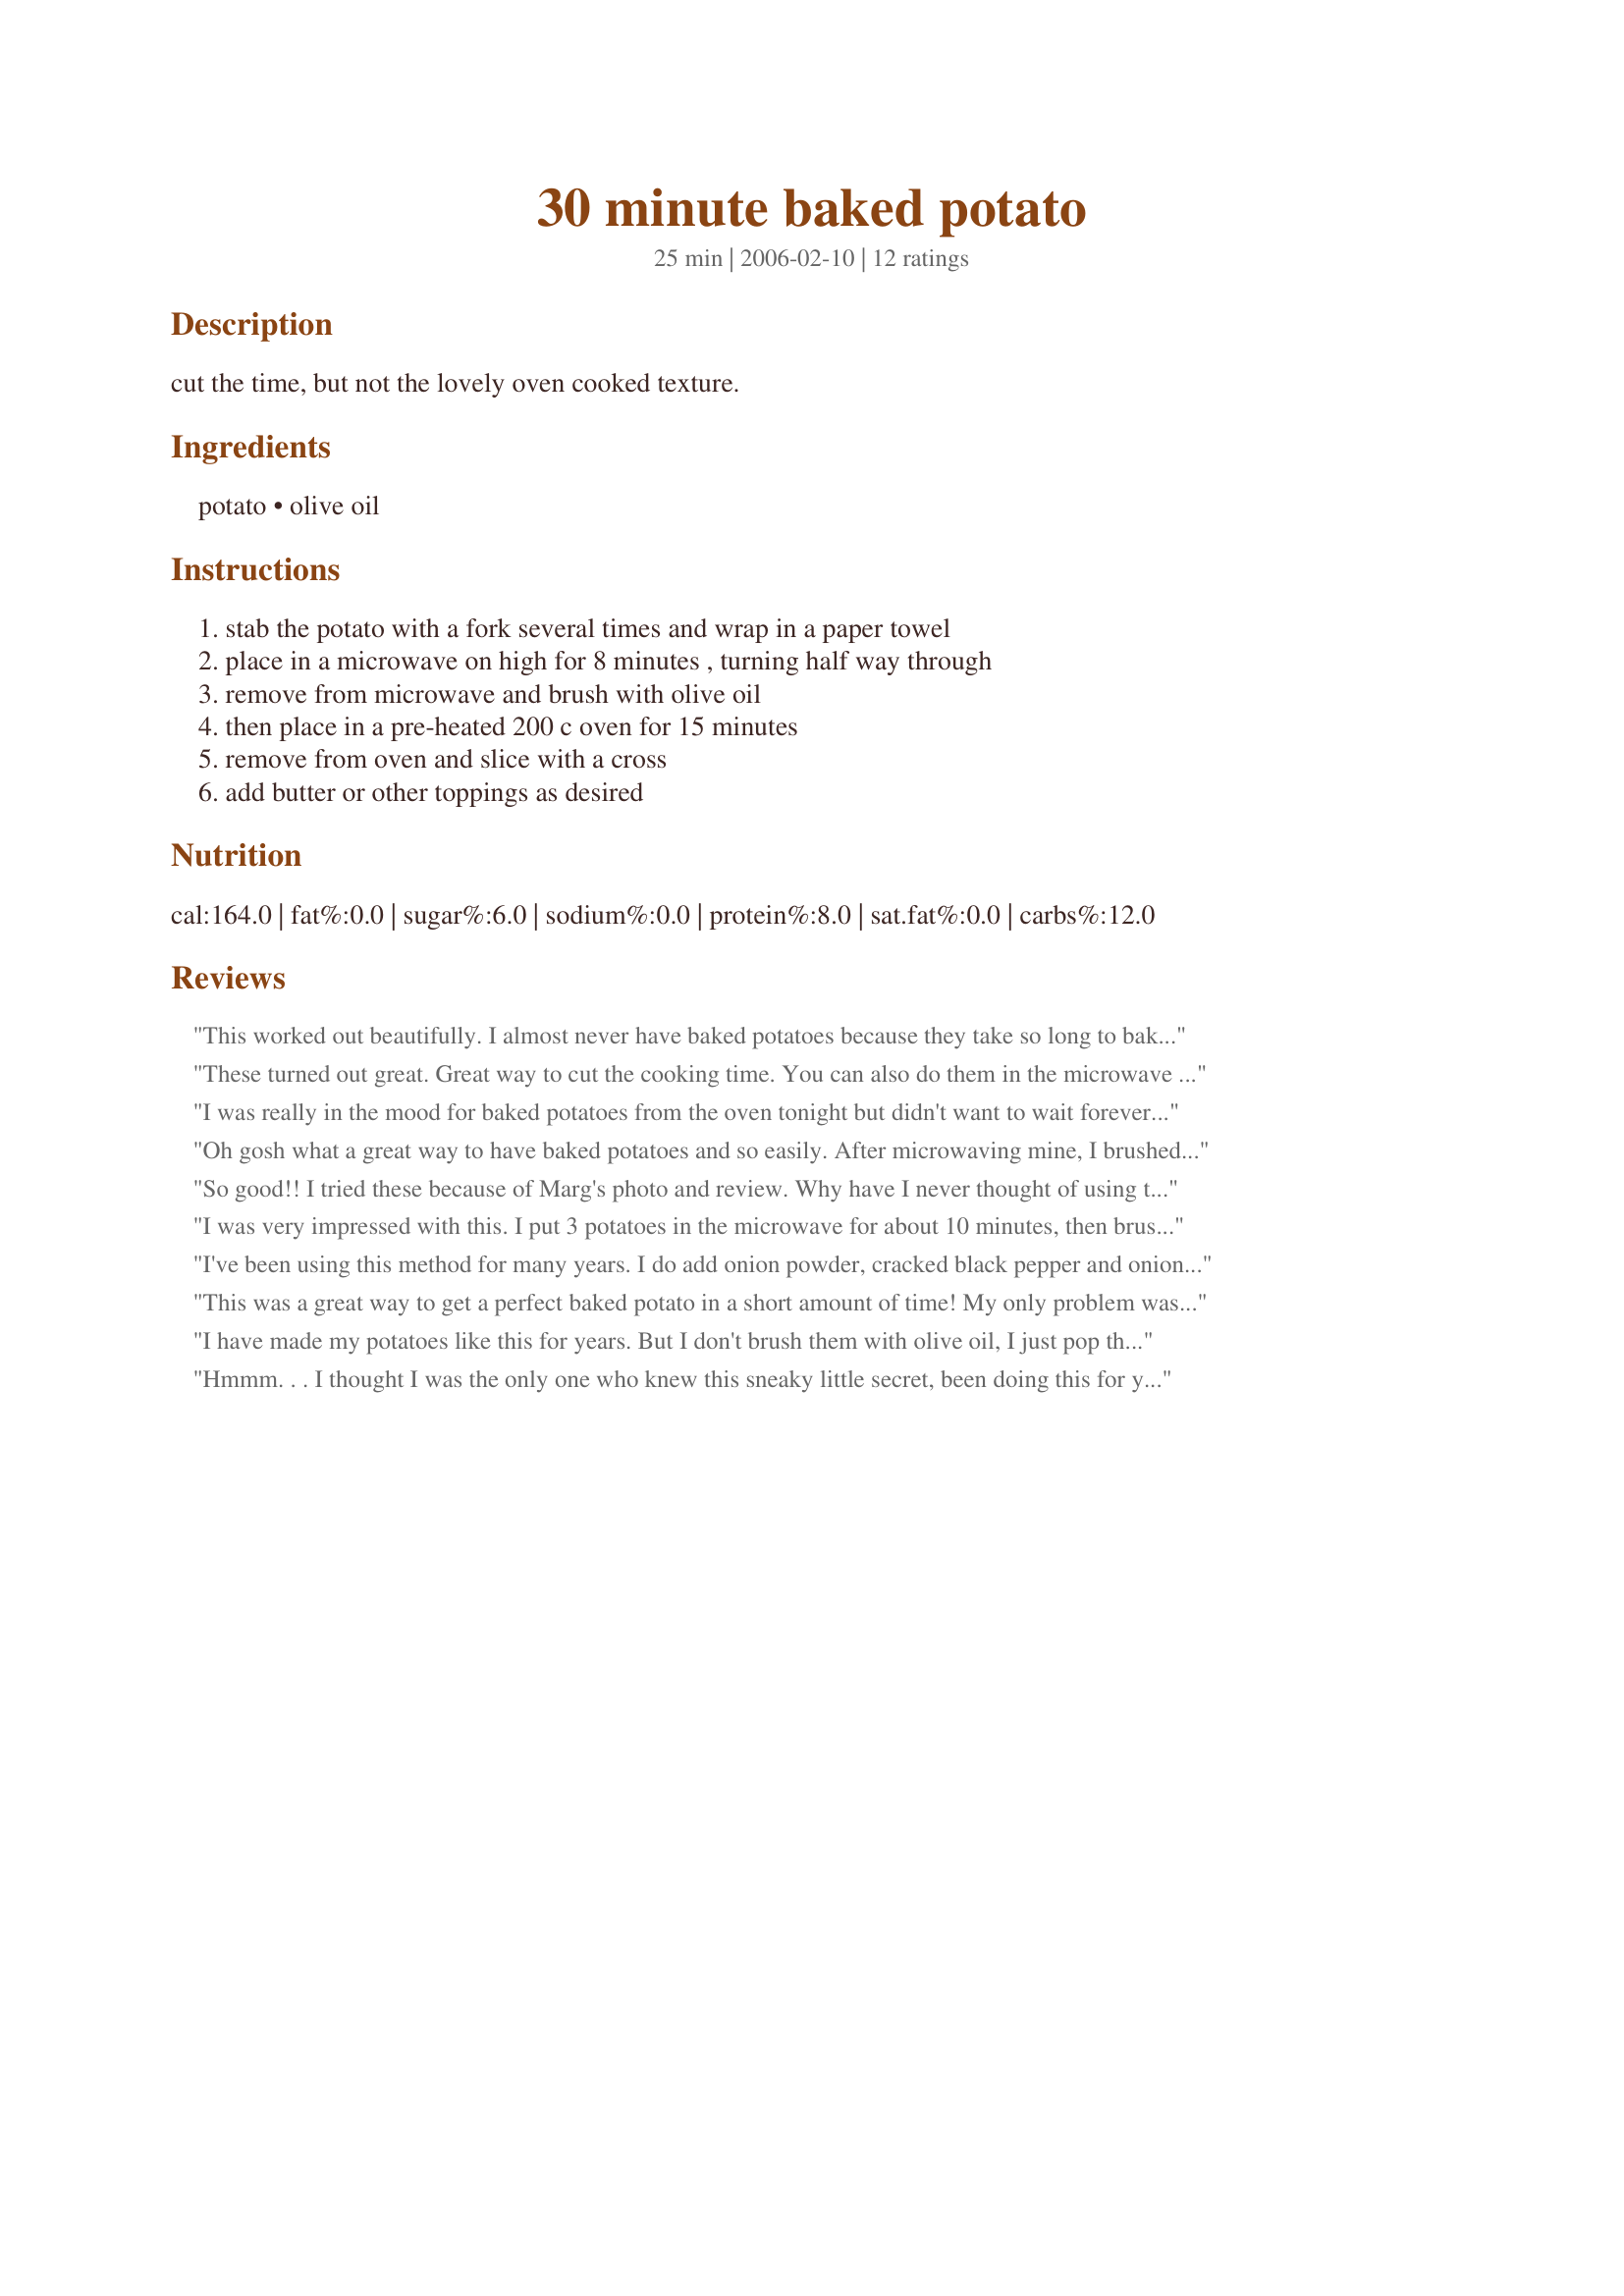
30 minute baked potato
Preparation time: 25 minutes

cut the time, but not the lovely oven cooked texture.

Ingredients:
potato, olive oil

Steps:
stab the potato with a fork several times and wrap in a paper towel, place in a microwave on high for 8 minutes , turning half way through, remove from microwave and brush with olive oil, then place in a pre-heated 200 c oven for 15 minutes, remove from oven and slice with a cross, add butter or other toppings as desired

Reviews:
This worked out beautifully. I almost never have baked potatoes because they take so long to bake. But this was lovely. I did three potatoes and then we had a baked potato bar for lunch.
These turned out great. Great way to cut the cooking time. You can also do them in the microwave entirely and they are pretty good that way as well. But I thought this method taste better than simply microwaving. Thanks for the recipe, will make again!
I was really in the mood for baked potatoes from the oven tonight but didn't want to wait forever. I cooked 3 potatoes (2 for tonight, one for lunch tomorrow) in my microwave on the baked potato setting (almost 12 minutes). Then I cooked them in a 400 oven for 20-25 minutes. Yum!!! Tasted like I had cooked them for longer! This will be a keeper. Thanks for sharing.
Oh gosh what a great way to have baked potatoes and so easily. After microwaving mine, I brushed with the oil and lightly sprinkled with Kosher Salt and fresh black pepper. Excellent. Thanks for sharing. Made for cookbook tag game.
So good!! I tried these because of Marg's photo and review. Why have I never thought of using the microwave first and then the oven?? I have always wanted that salty, crunchy skin but didn't want to wait an hour or more for oven potatoes. I'm using this method from now on. Thank you!
I was very impressed with this. I put 3 potatoes in the microwave for about 10 minutes, then brushed on some oil with garlic powder, wrapped them in foil, and put them in the oven at 400 for 20 minutes. The inside was soft and moist, but the skin was a little chewy. Topped with chili, cheese, sour cream, and broccoli. Yum!
I've been using this method for many years. I do add onion powder, cracked black pepper and onion salt to the skin. This is a great recipe if your main dish needs to bake for 30 minutes or so. You can just microwave the potatoes for a bit less time and then toss in the oven with your main dish. I just toss mine right on the rack.
This was a great way to get a perfect baked potato in a short amount of time! My only problem was 8 minutes in the microwave was waaaaay too long for my potato. The first one was so shriveled up, I had to throw it away. For the second one, I used the automatic baked potato setting & it only took about 4 minutes for it to be done. So make sure you check your potato early! Since I was also making Recipe #50847 to go with our steaks, only having the oven on for 15 minutes worked really well. I loved how crisp the skin got because of the oil. In fact, once I was getting full, I scraped the rest of the potato out so I could finish eating the skin instead. It was excellent! I'll use this method often. UPDATE: This method also works well on the grill. I put my potato just at the edge of the coals and turned it halfway through and it turned out lovely!
I have made my potatoes like this for years. But I don't brush them with olive oil, I just pop them in some aluminum foil and stick in the oven while I'm grilling the steaks or fixing whatever needs to be fixed.
Hmmm. . . I thought I was the only one who knew this sneaky little secret, been doing this for years! I just nuke the potatoes about halfway (I don't even use the paper towel) then oil or butter the skin. Sprinkle with Montreal steak seasoning if you like it. Finish in the oven. Or if there is a REAL time crunch, nuke to almost done and then continue as above. Thanks for posting; I guess everybody should know this method . . . . Janet
I was getting ready to post a review for this recipe, which by the way I've used for the last two evenings. And noticed I'd been skipping a step!! LOL!!
So I can safely say, IF you want to pass the "brush with olive oil" step, they will still turn out light, fluffy and wonderful. 
i don't know if it makes a difference but I used Russets. And I will tell you without a doubt I will never back a potato any other way again. Except, I might try the "brush with olive oil step". LOL!!
I typically don't like potatoes "baked" in the microwave, but don't always plan far enough ahead to bake them in the oven. This is a very nice compromise. The microwave time will probably need to be adjusted according to the size of your potato and wattage of your microwave. Thanks for posting!
